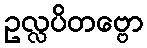
ဥလ္လပိတဗ္ဗော